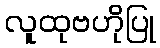
လူထုဗဟိုပြု